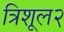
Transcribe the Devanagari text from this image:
त्रिशूल२